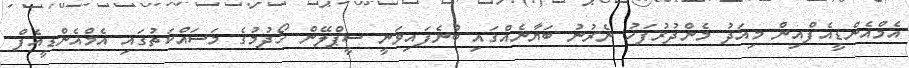
އެމްއެންޑީއެފްއިން މިއަދު މެންދުރުފަހު ނެރުނު ބަޔާނެއްގައި ބުނެފައިވަނީ ސީޕްލޭން ހޯދުމުގެ މަސައްކަތުގައި އެމްއެންޑީއެފް